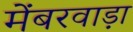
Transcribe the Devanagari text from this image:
मेंबरवाड़ा